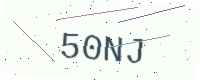
Text: 50NJ